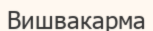
Вишвакарма